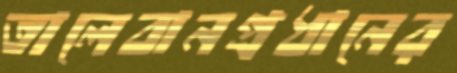
তালেবানপ্রধানের